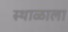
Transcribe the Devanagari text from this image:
स्थाळाला